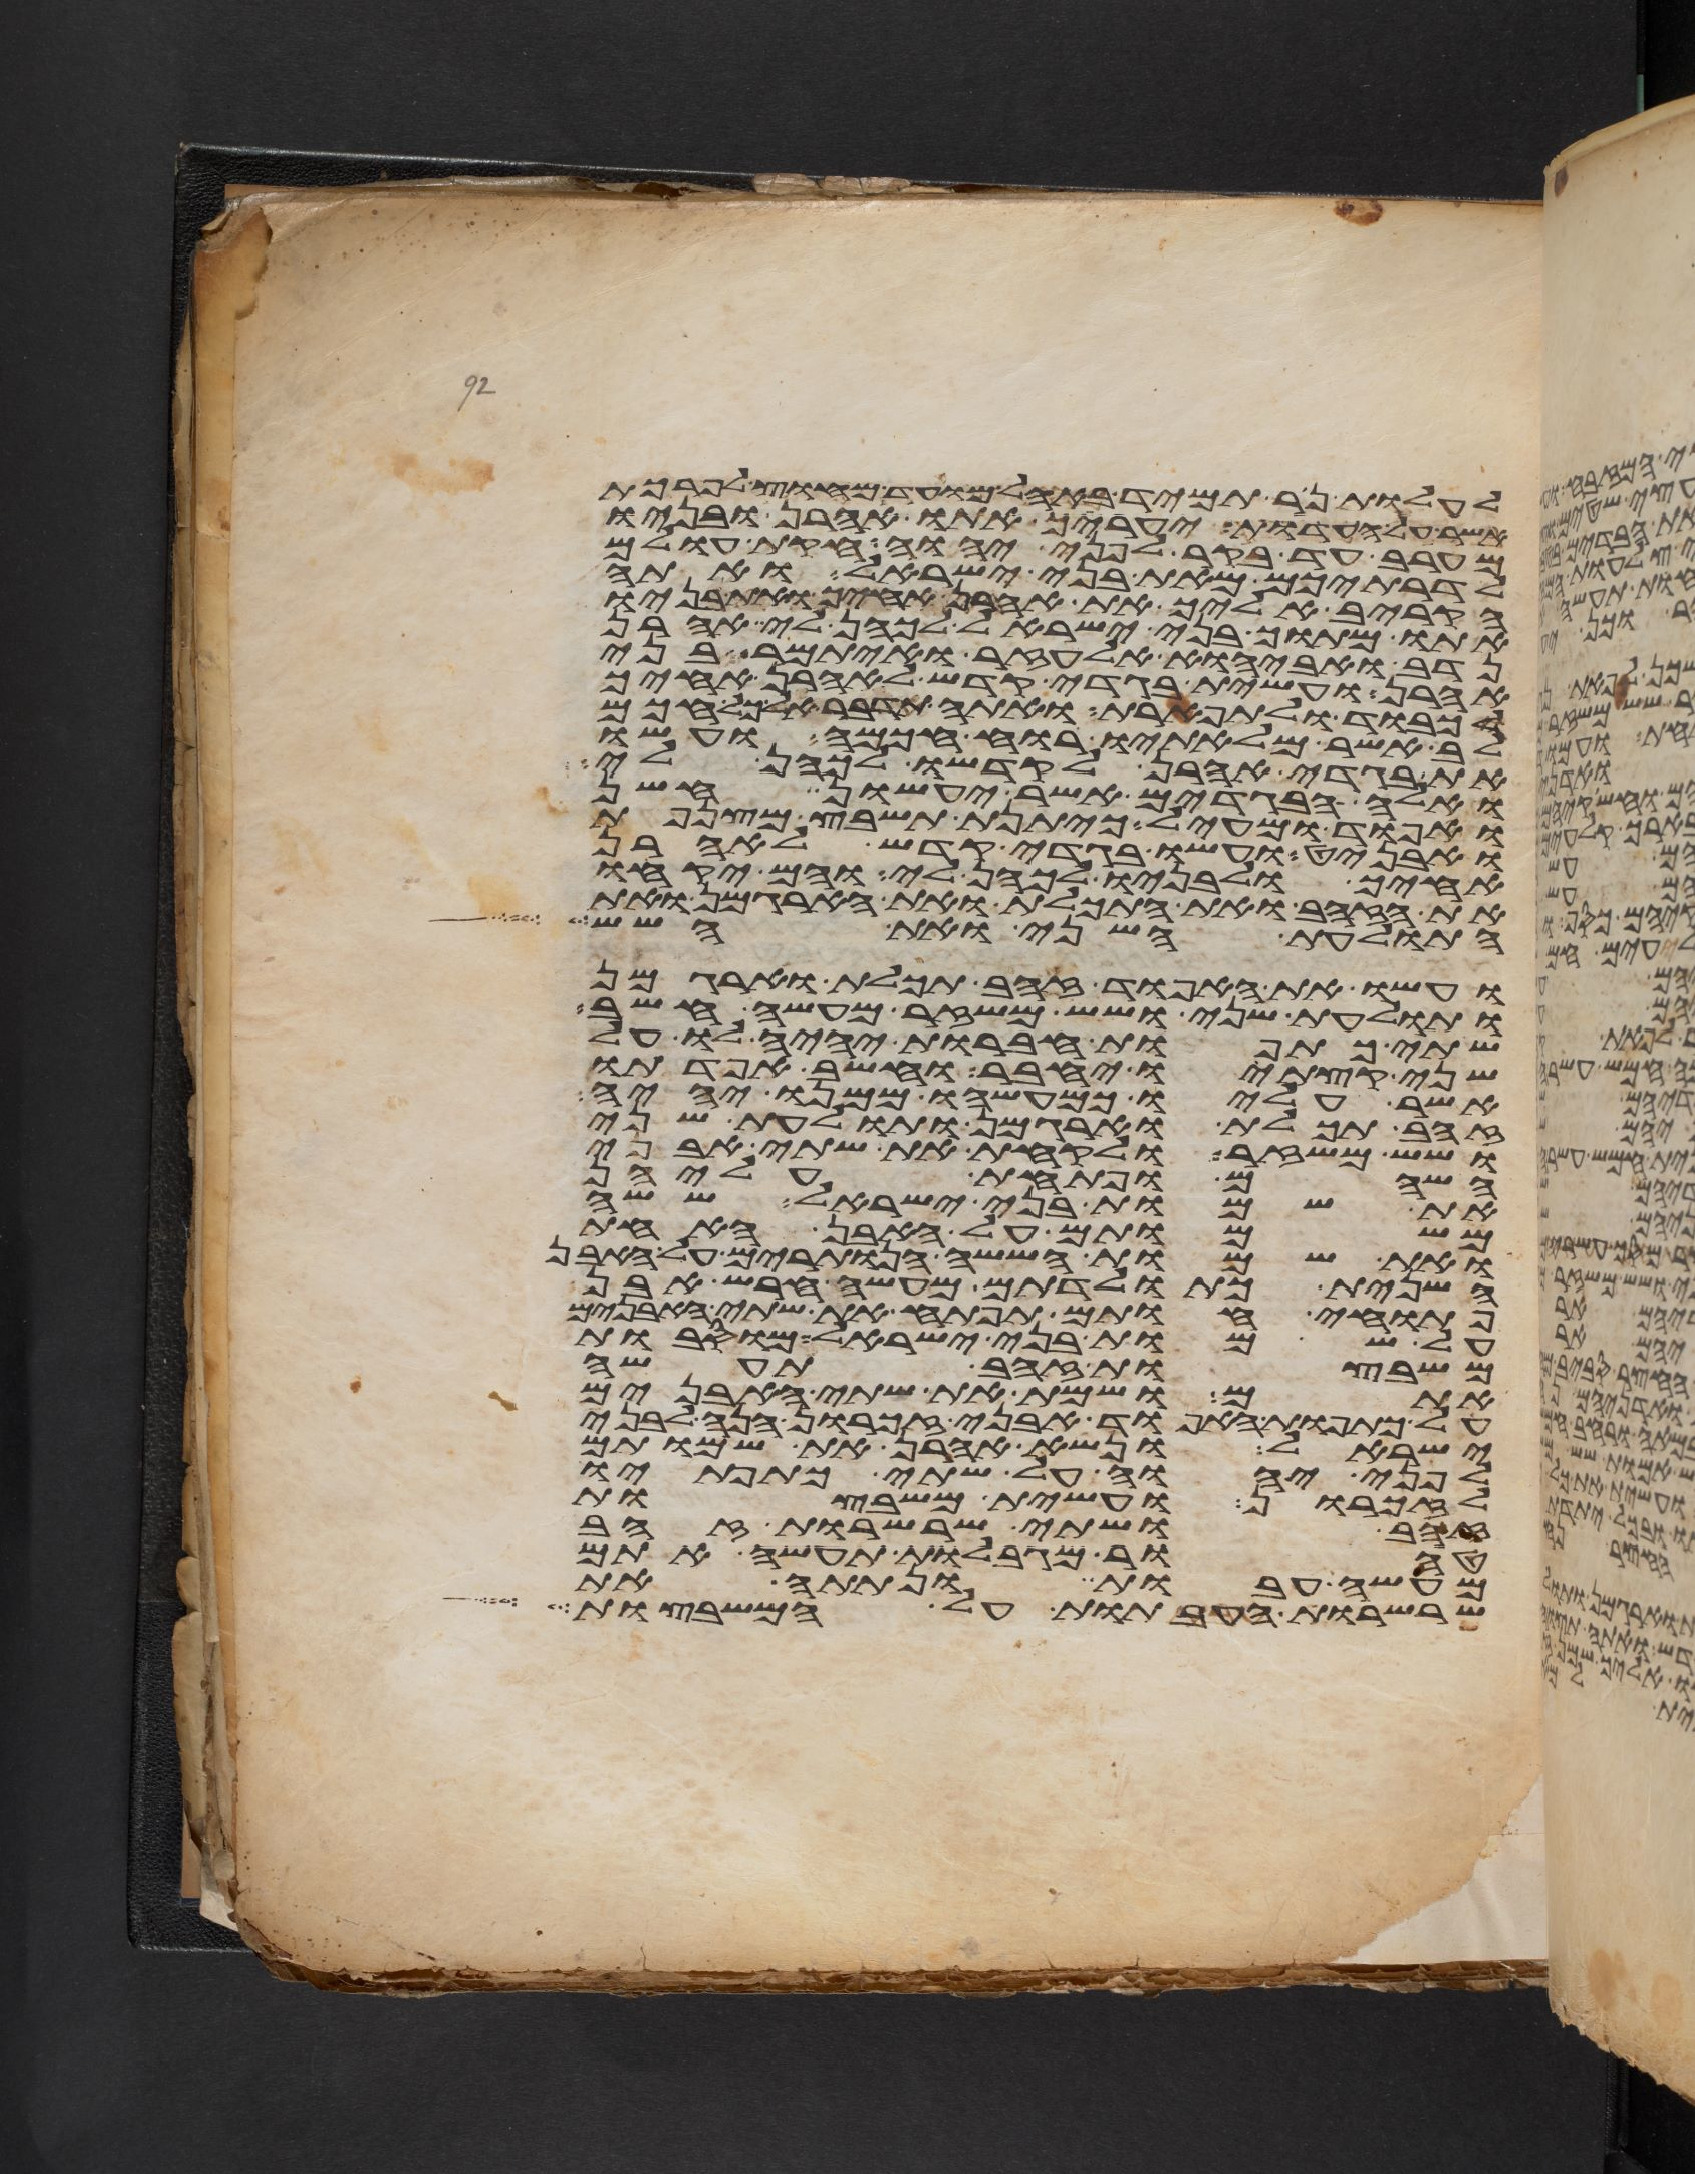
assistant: לעלות נר תמיד באהל מועד מחוץ לפרכת
אשר על העדות יעריך אתו אהרן ובניו
מערב עד בקר לפני יהוה חקות עולם
לדרתיכם מאת בני ישראל ואתה
הקריב אליך את אהרן אחיך ואת בניו
אתו מתוך בני ישראל לכהן לי אהרן
נדב ואביהוא אלעזר ואיתמר בני
אהרן ועשית בגדי קדש לאהרן אחיך
לכבוד ולתפארת ואתה תדבר אל כל חכם
לב אשר מלאתיו רוח חכמה ועשו
את בגדי אהרן לקדשו לכהן לי
ואלה הבגדים אשר יעשון חשן
ואפוד ומעיל כיתנת תשבץ מצנפת
ואבניט ועשו בגדי קדש לאהרן
אחיך ולבניו לכהן לי והם יקחו
את הזהב ואת התכלת ואת הארגמן ואת
התולעת השני ואת השש
ועשו את האפוד זהב תכלת וארגמן
ותולעת שני ושש משזר מעשה חשב
שתי כתפות חברות יהיה לו על
שני קצתיו יחבר וחשב אפדתו
אשר עליו כמעשהו ממנו יהיה
זהב תכלת וארגמן ותולעת שני
ושש משזר ולקחת את שתי אבני
השהם ופתחת עליהן
את שמות בני ישראל ששה
משמותם על האבן האחת
ואת שמות הששה הנותרים על האבן
השנית כתולדתם מעשה חרש אבן
פתוחי חותם תפתח את שתי האבנים
על שמות בני ישראל מוסבות
משבצות זהב תעשה
אתם ושמת את שתי האבנים
על כתפות האפוד אבני זכרון הנה לבני
ישראל ונשא אהרן את שמותם
לפני יהוה על שתי כתפתיו
לזכרון ועשית משבצות
זהב ושתי שרשרות זהב
טהור מגבלות תעשה אתם
מעשה עבות ונתתה את
שרשרות העבתות על המשבצות